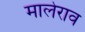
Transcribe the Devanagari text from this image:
मालेराव